Annual report of the Punjab Veterinary College and of the Civil Veterinary Department, Punjab - 1926-1932
Year: 1926
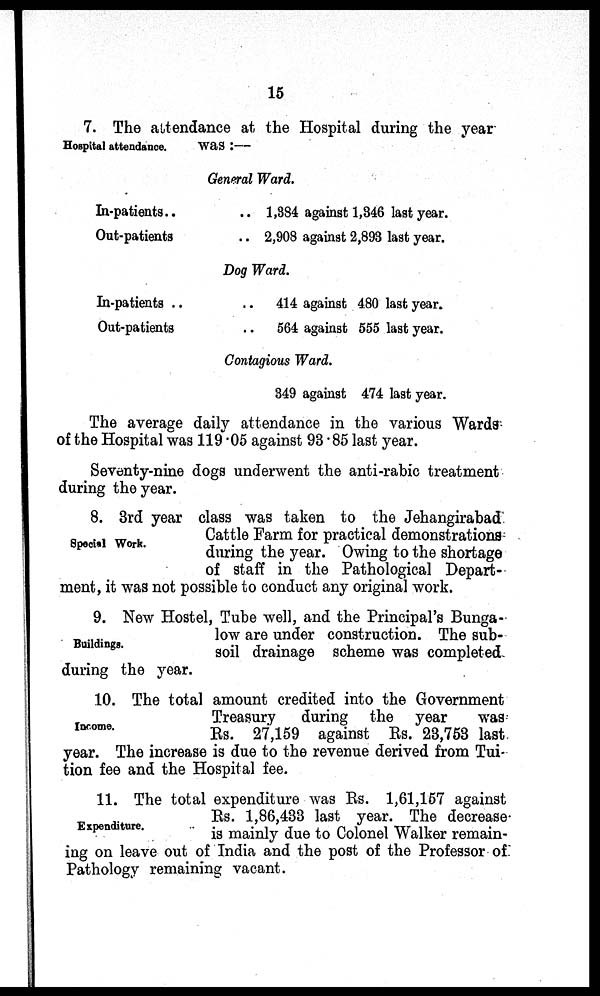
15
Hospital attendance.
7. The attendance at the Hospital during the year-
was:—
General Ward.
In-patients .. ..
Out-patients ..
1,384 against 1,346 last year.
2,908 against 2,893 last year.
Dog Ward.
In-patients .. ..
Out-patients ..
414 against 480 last year.
564 against 555 last year.
Contagious Ward.
349 against 474 last year.
The average daily attendance in the various Wards
of the Hospital was 119.05 against 93.85 last year.
Seventy-nine dogs underwent the anti-rabic treatment
during the year.
Special Work.
8. 3rd year class was taken to the Jehangirabad
Cattle Farm for practical demonstrations
during the year. Owing to the shortage
of staff in the Pathological Depart-
ment, it was not possible to conduct any original work.
Buildings.
9. New Hostel, Tube well, and the Principal's Bunga-
low are under construction. The sub-
soil drainage scheme was completed
during the year.
Income.
10. The total amount credited into the Government
Treasury
during the year
was
Rs. 27,159 against Rs. 23,753 last
year. The increase is due to the revenue derived from Tui-
tion fee and the Hospital fee.
Expenditure.
11. The total expenditure was Rs. 1,61,157 against
Rs. 1,86,433 last year. The decrease
is mainly due to Colonel Walker remain-
ing on leave out of India and the post of the Professor of
Pathology remaining vacant.